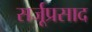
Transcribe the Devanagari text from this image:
सर्जूप्रसाद